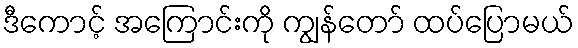
ဒီကောင့် အကြောင်းကို ကျွန်တော် ထပ်ပြောမယ်